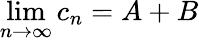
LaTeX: \operatorname*{lim}_{n\to\infty}c_{n}=A+B